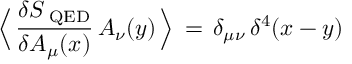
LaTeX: \Big \langle \, \frac { \delta S _ { \mathrm { \tiny ~ Q E D } } } { \delta A _ { \mu } ( x ) } \, A _ { \nu } ( y ) \, \Big \rangle \, = \, \delta _ { \mu \nu } \, \delta ^ { 4 } ( x - y )